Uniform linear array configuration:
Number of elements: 16
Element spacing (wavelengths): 0.25
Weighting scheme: hamming
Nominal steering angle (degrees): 15
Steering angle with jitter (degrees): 14.101
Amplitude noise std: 0.05
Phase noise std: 0.05

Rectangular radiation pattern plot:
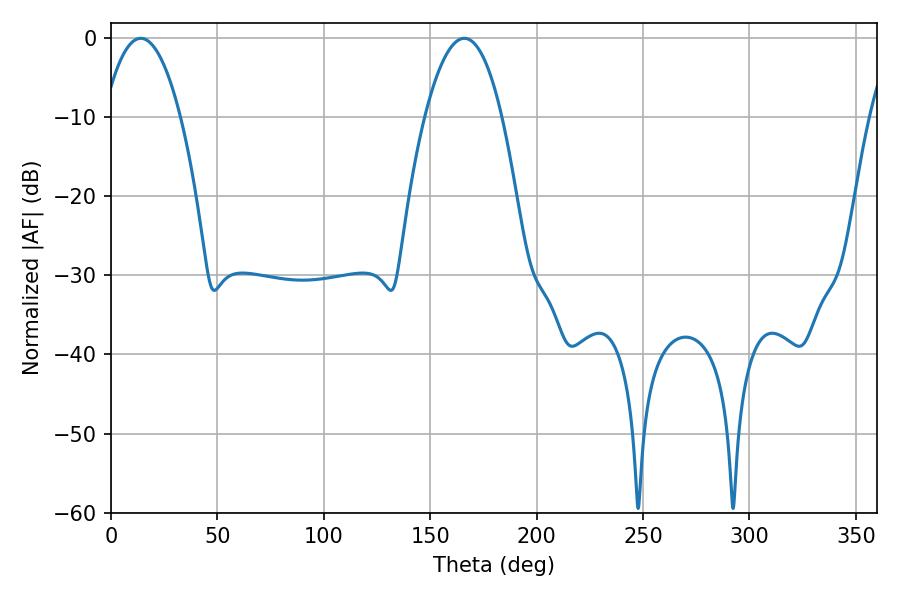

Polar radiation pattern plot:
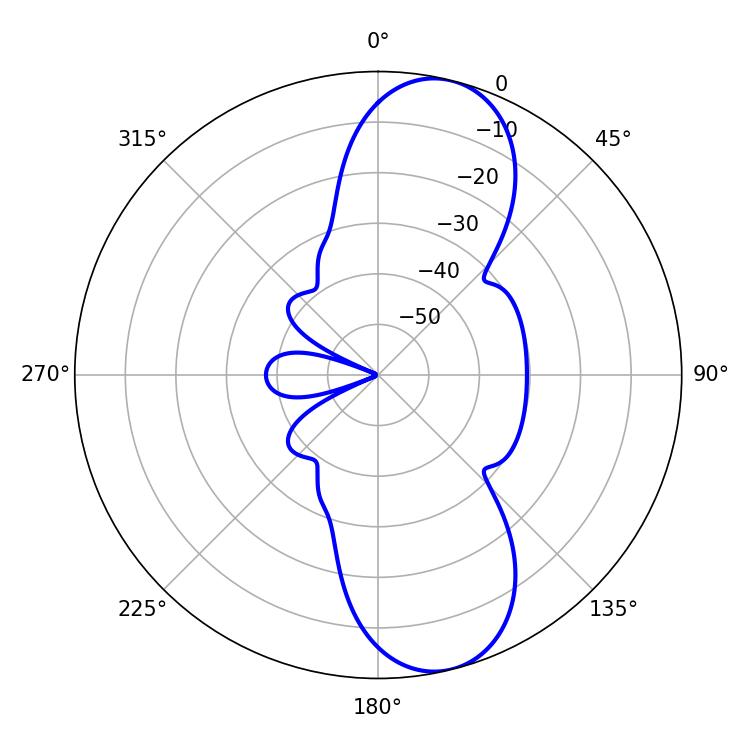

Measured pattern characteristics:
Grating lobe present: FALSE
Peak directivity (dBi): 10.384
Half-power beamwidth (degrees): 19.98
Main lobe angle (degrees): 14.04